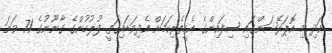
އަދި މި އޮޕަރޭޝަންގައި ސިފައިންގެ އެހީތެރިކަމަށް އެދިވަޑައިގަތީ ފުލުހުންގެ ގާނޫނުގެ 71 ވަނަ